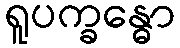
ရူပက္ခန္ဓော